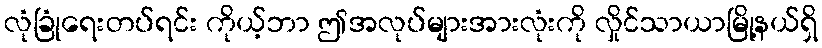
လုံခြုံရေးတပ်ရင်း ကိုယ့်ဘာ ဤအလုပ်များအားလုံးကို လှိုင်သာယာမြို့နယ်ရှိ